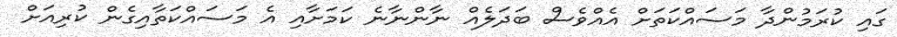
ގައި ކުރަމުންދާ މަސައްކަތަށް އެއްވެސް ބަދަލެއް ނާންނާނެ ކަމަށާއި އެ މަސައްކަތާއިގެން ކުރިއަށް